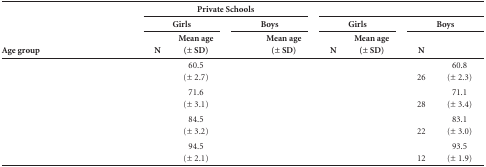
<table><thead><tr><td rowspan="3"><b>Age group</b></td><td colspan="5"><b>Private Schools</b></td><td>[EMPTY_CELL]</td><td colspan="5">[EMPTY_CELL]</td></tr><tr><td colspan="2"><b>Girls</b></td><td>[EMPTY_CELL]</td><td colspan="2"><b>Boys</b></td><td>[EMPTY_CELL]</td><td colspan="2"><b>Girls</b></td><td>[EMPTY_CELL]</td><td colspan="2"><b>Boys</b></td></tr><tr><td><b>N</b></td><td><b>Mean age(± SD)</b></td><td>[EMPTY_CELL]</td><td>[EMPTY_CELL]</td><td><b>Mean age(± SD)</b></td><td>[EMPTY_CELL]</td><td><b>N</b></td><td><b>Mean age(± SD)</b></td><td>[EMPTY_CELL]</td><td><b>N</b></td><td>[EMPTY_CELL]</td></tr></thead><tbody><tr><td>[EMPTY_CELL]</td><td>[EMPTY_CELL]</td><td>60.5 (± 2.7)</td><td>[EMPTY_CELL]</td><td>[EMPTY_CELL]</td><td>[EMPTY_CELL]</td><td>[EMPTY_CELL]</td><td>[EMPTY_CELL]</td><td>[EMPTY_CELL]</td><td>[EMPTY_CELL]</td><td>26</td><td>60.8 (± 2.3)</td></tr><tr><td>[EMPTY_CELL]</td><td>[EMPTY_CELL]</td><td>71.6 (± 3.1)</td><td>[EMPTY_CELL]</td><td>[EMPTY_CELL]</td><td>[EMPTY_CELL]</td><td>[EMPTY_CELL]</td><td>[EMPTY_CELL]</td><td>[EMPTY_CELL]</td><td>[EMPTY_CELL]</td><td>28</td><td>71.1 (± 3.4)</td></tr><tr><td>[EMPTY_CELL]</td><td>[EMPTY_CELL]</td><td>84.5 (± 3.2)</td><td>[EMPTY_CELL]</td><td>[EMPTY_CELL]</td><td>[EMPTY_CELL]</td><td>[EMPTY_CELL]</td><td>[EMPTY_CELL]</td><td>[EMPTY_CELL]</td><td>[EMPTY_CELL]</td><td>22</td><td>83.1 (± 3.0)</td></tr><tr><td>[EMPTY_CELL]</td><td>[EMPTY_CELL]</td><td>94.5 (± 2.1)</td><td>[EMPTY_CELL]</td><td>[EMPTY_CELL]</td><td>[EMPTY_CELL]</td><td>[EMPTY_CELL]</td><td>[EMPTY_CELL]</td><td>[EMPTY_CELL]</td><td>[EMPTY_CELL]</td><td>12</td><td>93.5 (± 1.9)</td></tr></tbody></table>